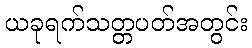
ယခုရက်သတ္တပတ်အတွင်း